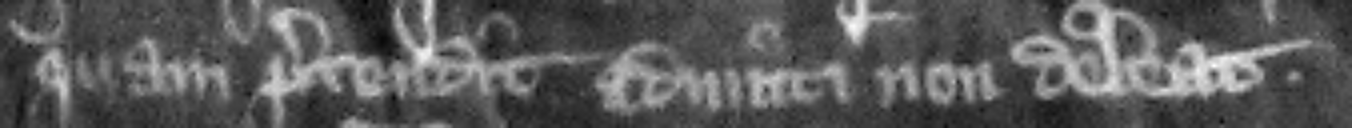
quam pretendit admitti non debeat.